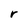
Character: r